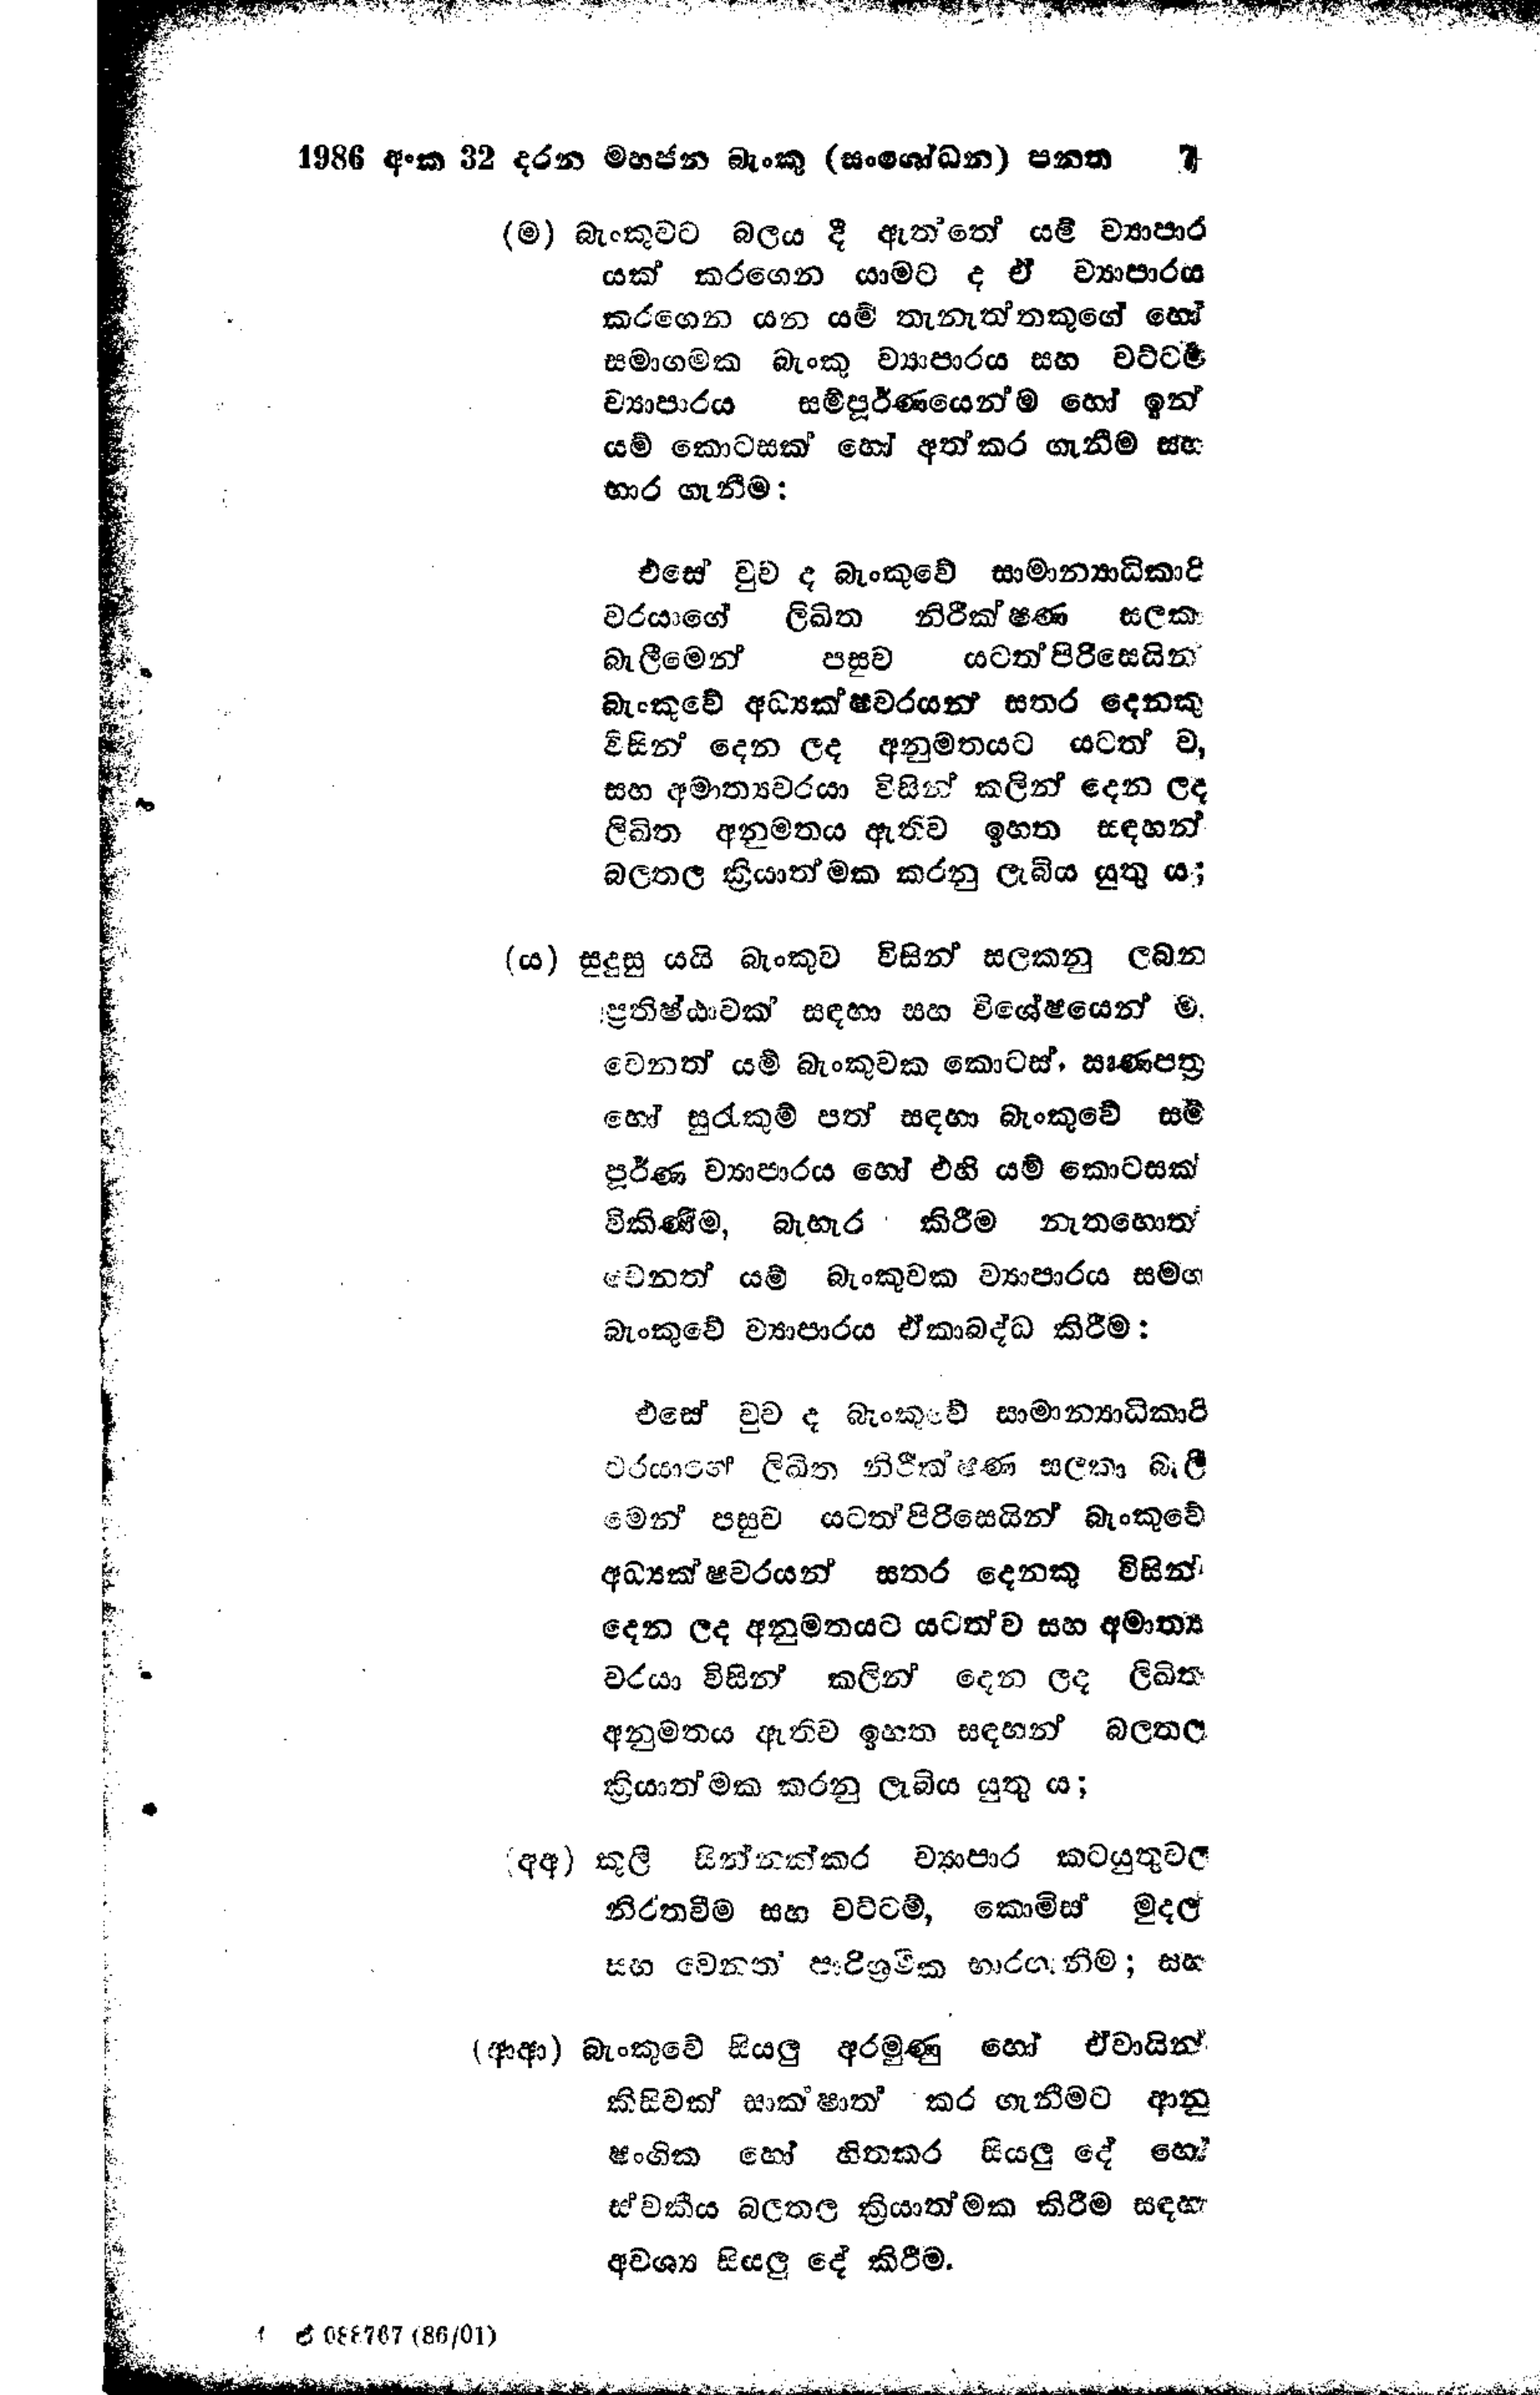
1986 අංක 32 දරන මහජන බැංකු (සංශෝධන) පනත 7

(ම) බැංකුවට බලය දී ඇත්තේ යම් ව්‍යාපාර
යක් කරගෙන යාමට ද ඒ ව්‍යාපාරය
කරගෙන යන යම් තැනැත්තකුගේ හෝ
සමාගමක බැංකු ව්‍යාපාරය සහ වට්ටම්
ව්‍යාපාරය සම්පූර්ණයෙන්ම හෝ ඉන්
යම් කොටසක් හෝ අත්කර ගැනීම සහ
භාර ගැනීම :

එසේ වුව ද බැංකුවේ සාමාන්‍යාධිකාරි
වරයාගේ ලිඛිත නිරීක්ෂණ සලකා
බැලීමෙන් පසුව යටත් පිරිසෙයින්
බැංකුවේ අධ්‍යක්ෂවරයන් සතර දෙනකු
විසින් දෙන ලද අනුමතයට යටත් ව,
සහ අමාත්‍යවරයා විසින් කලින් දෙන ලද
ලිඛිත අනුමතය ඇතිව ඉහත සඳහන්
බලතල ක්‍රියාත්මක කරනු ලැබිය යුතුය;

(ය) සුදුසු යයි බැංකුව විසින් සලකනු ලබන
ප්‍රතිෂ්ඨාවක් සඳහා සහ විශේෂයෙන් ම
වෙනත් යම් බැංකුවක කොටස්, ඍණ පත්‍ර
හෝ සුරැකුම් පත් සඳහා බැංකුවේ සම්
පූර්ණ ව්‍යාපාරය හෝ එහි යම් කොටසක්
විකිණීම, බැහැර කිරීම නැතහොත්
වෙනත් යම් බැංකුවක ව්‍යාපාරය සමග
බැංකුවේ ව්‍යාපාරය ඒකාබද්ධ කිරීම:

එසේ වුව ද බැංකුවේ සාමාන්‍යාධිකා‍රි
වරයාගේ ලිඛිත නිරීක්ෂණ සලකා බැලී
මෙන් පසුව යටත් පිරිසෙයින් බැංකුවේ
අධ්‍යක්ෂවරයන් සතර දෙනකු විසින්
දෙන ලද අනුමතයට යටත්ව සහ අමාත්‍ය
වරයා විසින් කලින් දෙන ලද ලිඛිත
අනුමතය ඇතිව ඉහත සඳහන් බලතල
ක්‍රියාත්මක කරනු ලැබිය යුතු ය;

(අඅ) කුලී සින්නක්කර ව්‍යාපාර කටයුතුවල
නිරතවීම සහ වට්ටම්, කොමිස් මුදල්
සහ වෙනත් පරිශ්‍රමික භාරගැනීම; සහ

(ආආ) බැංකුවේ සියලු අරමුණු හෝ ඒවායින්
කිසිවක් සාක්ෂාත් කර ගැනීමට ආනු
ෂාංගික හෝ හිතකර සියලු දේ හෝ
ස්වකීය බලතල ක්‍රියාත්මක කිරීම සඳහා
අවශ්‍ය සියලු දේ කිරීම.

ඒ088767 (86/01)